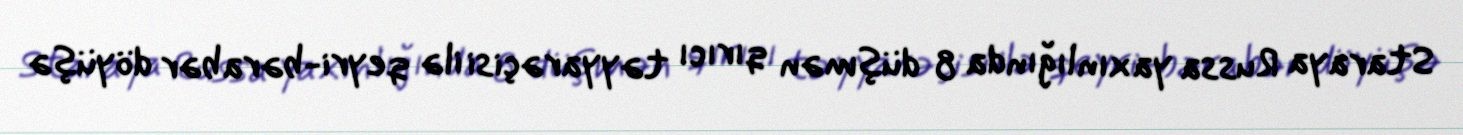
Staraya Russa yaxınlığında 8 düşmən qırıcı təyyarəçisi ilə qeyri-bərabər döyüşə